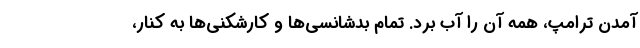
آمدن ترامپ، همه آن را آب برد. تمام بدشانسی‌ها و کارشکنی‌ها به کنار،